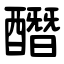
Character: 䤐